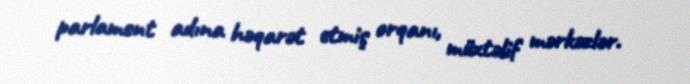
parlament adına həqarət etmiş orqanı, müxtəlif mərkəzlər.